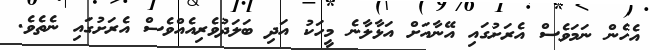
އެހެން ނަމަވެސް އެރަށުގައި އޭނާއަށް އަޅާލާނެ މީހަކު އަދި ބަލަދުވެރިއެއްވެސް އެރަށުގައި ނެތެވެ.